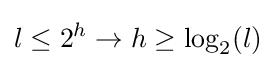
l\leq 2^{h}\to h\geq \log _{2}(l)